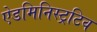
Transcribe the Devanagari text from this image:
ऐडमिनिस्ट्रटिव